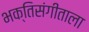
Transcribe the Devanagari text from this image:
भक्तिसंगीताला